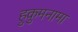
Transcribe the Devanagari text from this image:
हुकुमनामा